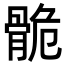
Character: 𩨾